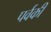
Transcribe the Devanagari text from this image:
पर्वकी